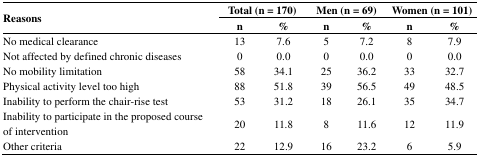
<table><thead><tr><td rowspan="2"><b>Reasons</b></td><td colspan="2"><b>Total (n = 170)</b></td><td colspan="2"><b>Men (n = 69)</b></td><td colspan="2"><b>Women (n = 101)</b></td></tr><tr><td><b>n</b></td><td><b>%</b></td><td><b>n</b></td><td><b>%</b></td><td><b>n</b></td><td><b>%</b></td></tr></thead><tbody><tr><td>No medical clearance</td><td>13</td><td>7.6</td><td>5</td><td>7.2</td><td>8</td><td>7.9</td></tr><tr><td>Not affected by defined chronic diseases</td><td>0</td><td>0.0</td><td>0</td><td>0.0</td><td>0</td><td>0.0</td></tr><tr><td>No mobility limitation</td><td>58</td><td>34.1</td><td>25</td><td>36.2</td><td>33</td><td>32.7</td></tr><tr><td>Physical activity level too high</td><td>88</td><td>51.8</td><td>39</td><td>56.5</td><td>49</td><td>48.5</td></tr><tr><td>Inability to perform the chair-rise test</td><td>53</td><td>31.2</td><td>18</td><td>26.1</td><td>35</td><td>34.7</td></tr><tr><td>Inability to participate in the proposed course of intervention</td><td>20</td><td>11.8</td><td>8</td><td>11.6</td><td>12</td><td>11.9</td></tr><tr><td>Other criteria</td><td>22</td><td>12.9</td><td>16</td><td>23.2</td><td>6</td><td>5.9</td></tr></tbody></table>